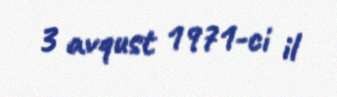
3 avqust 1971-ci il